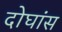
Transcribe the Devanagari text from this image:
दोघांस